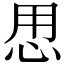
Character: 𱞍